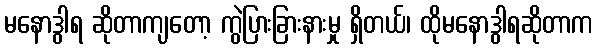
မနောဒွါရ ဆိုတာကျတော့ ကွဲပြားခြားနားမှု ရှိတယ်၊ ထိုမနောဒွါရဆိုတာက